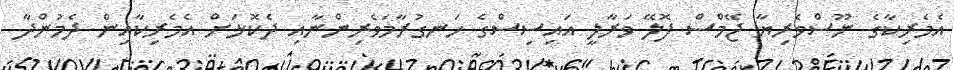
އެމެރިކާގެ ނޫސްވެރިޔާ ޖޭމްސް ފޮލޭ ވަރާލީ އައިސިސްގެ ހަނގުރާމަވެރިންނާއި ދެކޮޅަށް އެމެރިކާއިން ދެމުންދާ